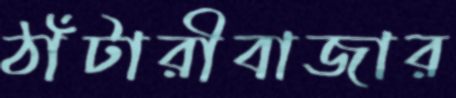
ঠাঁটারীবাজার